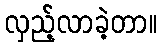
လှည့်လာခဲ့တာ။